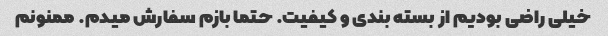
خیلی راضی بودیم از بسته بندی و کیفیت. حتما بازم سفارش میدم. ممنونم